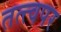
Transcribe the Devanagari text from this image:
तत्त्वपर